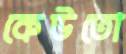
কেউতো